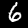
Digit: 6